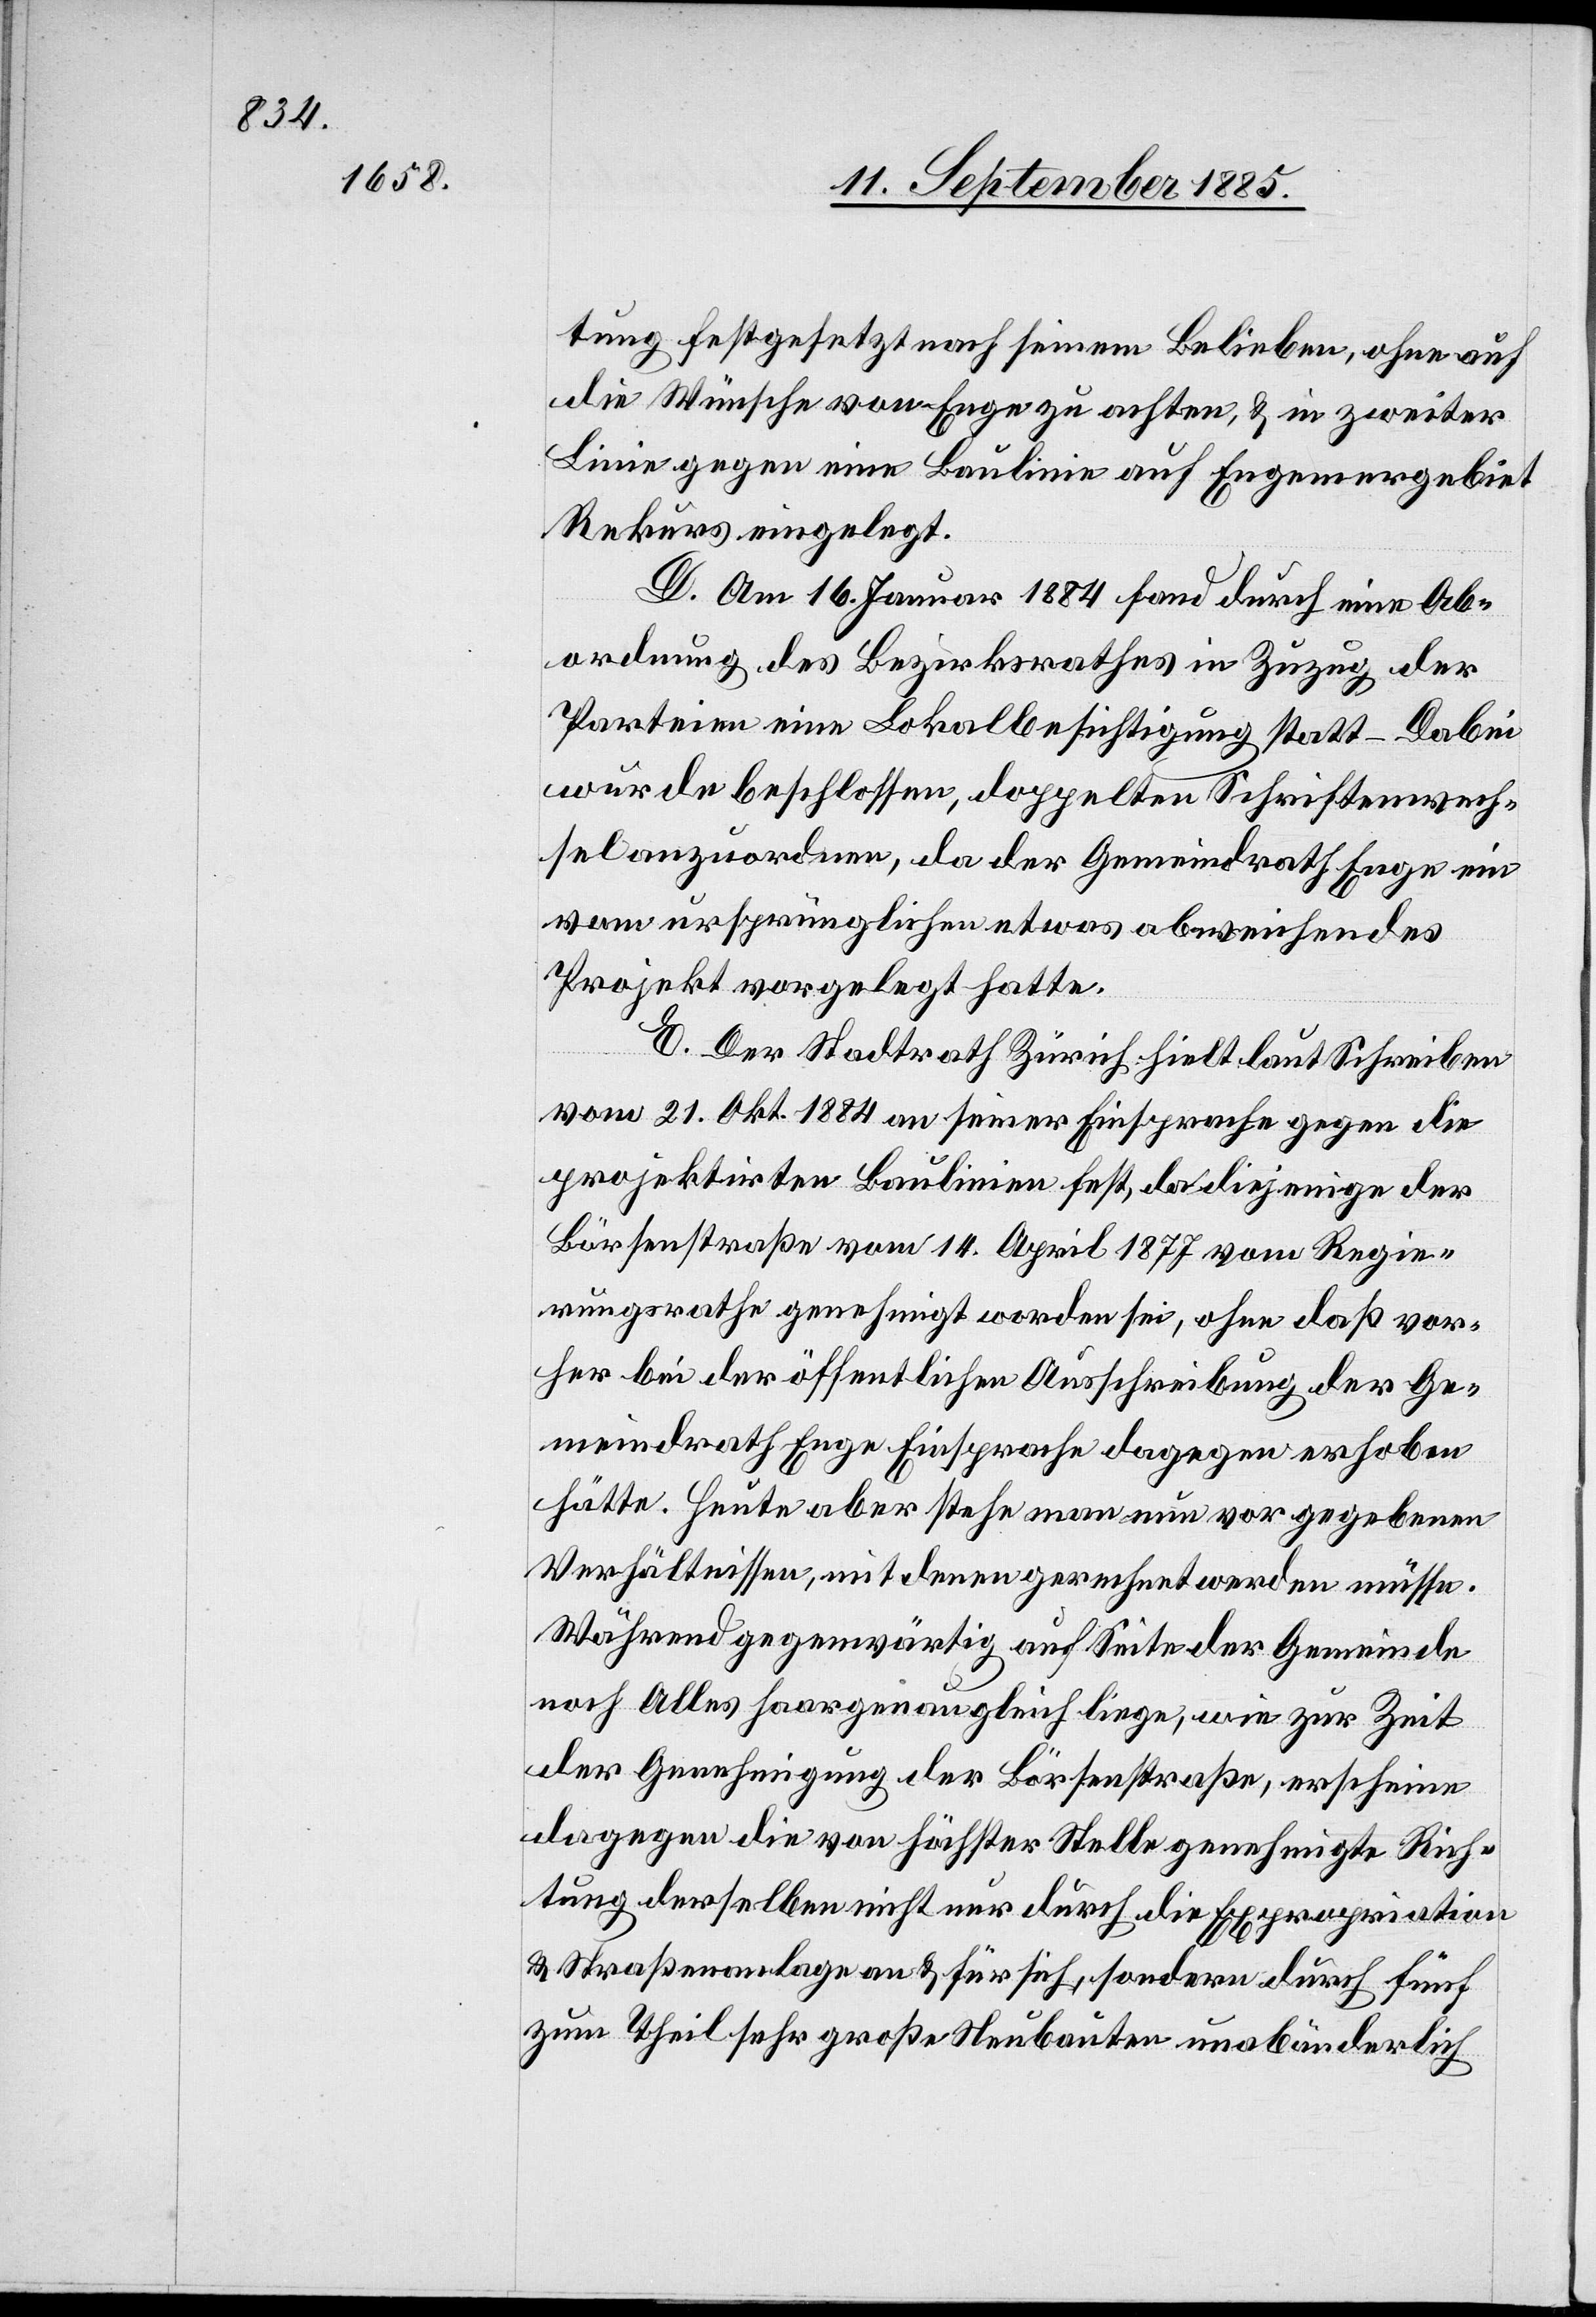
tung festgesetzt nach seinem Belieben, ohne auf
die Wünsche von Enge zu achten, & in zweiter
Linie gegen eine Baulinie auf Engemergebiet
Rekurs eingelegt.
D. Am 16. Januar 1884 fand durch eine Ab¬
ordnung des Bezirksrathes in Zuzug der
Parteien eine Lokalbesichtigung statt – Dabei
wurde beschlossen, doppelten Schriftenwech¬
sel anzuordnen, da der Gemeindrath Enge ein
vom ursprünglichen etwas abweichendes
Projekt vorgelegt hatte.
E. Der Stadtrath Zürich hielt laut Schreiben
vom 21. Okt. 1884 an seiner Einsprache gegen die
projektirten Baulinien fest, da diejenige der
Börsenstraße vom 14. April 1877 vom Regie¬
rungsrathe genehmigt worden sei, ohne daß vor¬
her bei der öffentlichen Ausschreibung der Ge¬
meindrath Enge Einsprache dagegen erhoben
hätte. Heute aber stehe man nun vor gegebenen
Verhältnissen, mit denen gerechnet werden müsse.
Während gegenwärtig auf Seite der Gemeinde
noch Alles haargenau gleich liege, wie zur Zeit
der Genehmigung der Börsenstraße, erscheine
dagegen die von höchster Stelle genehmigte Rich¬
tung derselben nicht nur durch die Expropriation
& Straßenanlage an & für sich, sondern durch fünf
zum Theil sehr große Neubauten unabänderlich